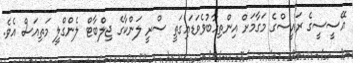
އޭސީސީގެ ރައީސްގެ މަގާމަށް އިންތިހާބުވެވަޑައިގަތީ ސްރީ ލަންކާގެ ޖިލްބާޓް ލެންގްލީ މަތިއަސް އެވެ.